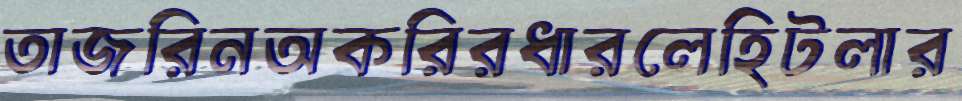
তাজরিনঅকরিরধারলেহিটলার